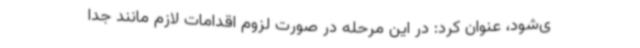
ی‌شود، عنوان کرد: در این مرحله در صورت لزوم اقدامات لازم مانند جدا